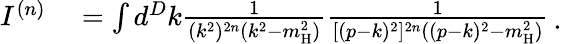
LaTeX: \begin{array}{rl}{I^{(n)}}&{{}=\int d^{D}k\frac{1}{(k^{2})^{2n}(k^{2}-m_{\mathrm{H}}^{2})}\frac{1}{[(p-k)^{2}]^{2n}((p-k)^{2}-m_{\mathrm{H}}^{2})}}\end{array}\, .